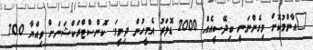
"އާންމުކޮށް މިގެންނަނީ ބިދޭސީއެއް 2000 ޑޮލަރު އެމީހުން ދިނީމަ. ކޮންސްޓްރަކްޝަނަށް ވިއްޔާ 700